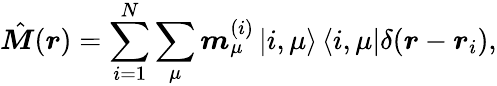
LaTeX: \hat{\boldsymbol M}(\boldsymbol r)=\sum_{i=1}^{N}\sum_{\mu}\boldsymbol m_{\mu}^{(i)}\left|i,\mu\right>\left<i,\mu\right|\delta(\boldsymbol r-\boldsymbol r_{i}),